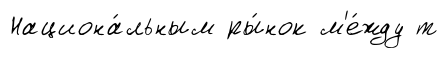
Национа́льным ры́нок м'е́жду т